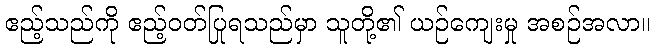
ဧည့်သည်ကို ဧည့်ဝတ်ပြုရသည်မှာ သူတို့၏ ယဉ်ကျေးမှု အစဉ်အလာ။